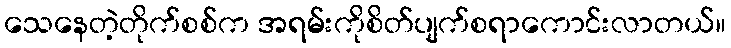
သေနေတဲ့တိုက်စစ်က အရမ်းကိုစိတ်ပျက်စရာကောင်းလာတယ်။